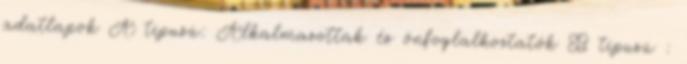
adatlapok A típusú: Alkalmazottak és önfoglalkoztatók B típusú :